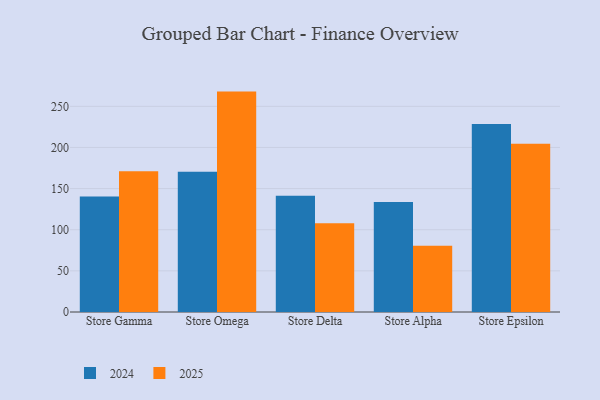
{"axis": {"x": "Store", "y": "Conversion Rate (%)"}, "legend": ["2024", "2025"], "data": [{"x": "Store Gamma", "y": 140.5, "type": "2024"}, {"x": "Store Gamma", "y": 171.1, "type": "2025"}, {"x": "Store Omega", "y": 170.5, "type": "2024"}, {"x": "Store Omega", "y": 267.9, "type": "2025"}, {"x": "Store Delta", "y": 141.3, "type": "2024"}, {"x": "Store Delta", "y": 107.8, "type": "2025"}, {"x": "Store Alpha", "y": 133.7, "type": "2024"}, {"x": "Store Alpha", "y": 80.5, "type": "2025"}, {"x": "Store Epsilon", "y": 228.5, "type": "2024"}, {"x": "Store Epsilon", "y": 204.4, "type": "2025"}]}